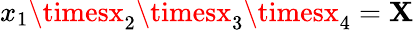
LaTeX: x_{1}\timesx_{2}\timesx_{3}\timesx_{4}=\mathbf{X}